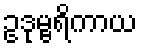
ဥဒုမ္ဗရိကာယ